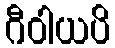
ဂီဝါယပိ